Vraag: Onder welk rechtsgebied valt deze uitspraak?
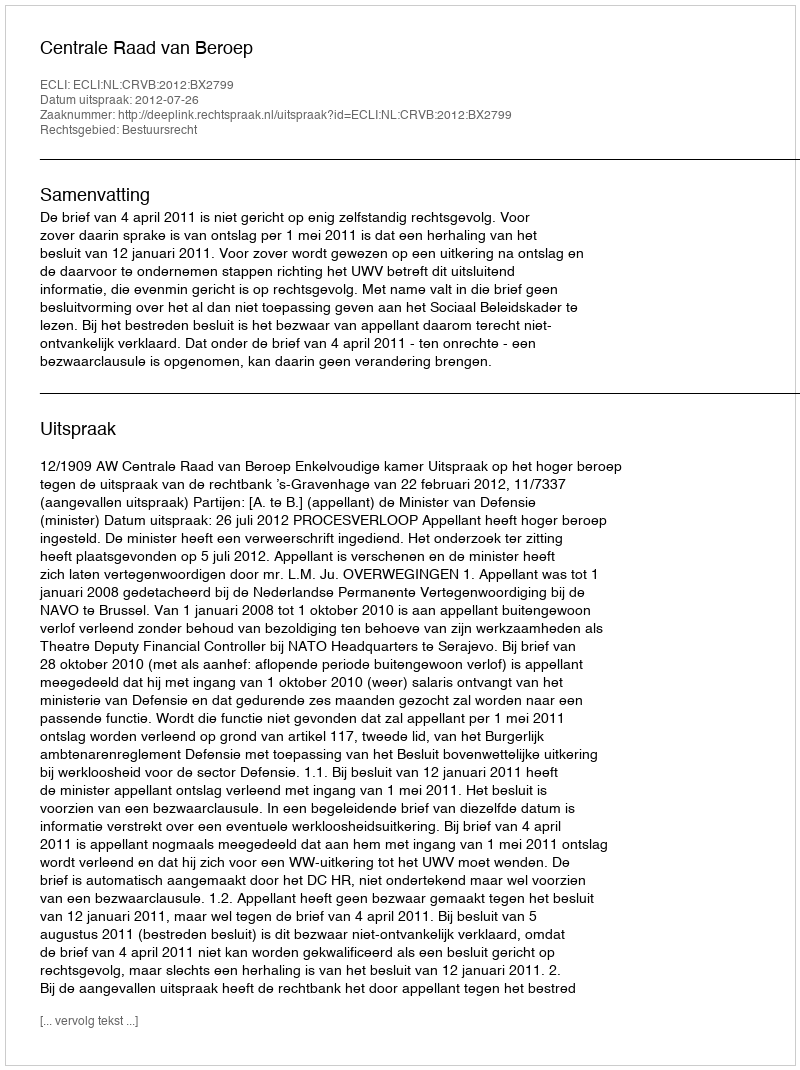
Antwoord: Bestuursrecht